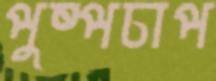
পুষ্পচাপ